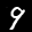
Label: 9